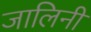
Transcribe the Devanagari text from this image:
जालिनी